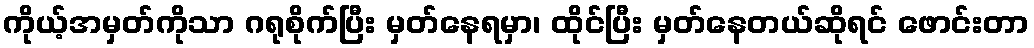
ကိုယ့်အမှတ်ကိုသာ ဂရုစိုက်ပြီး မှတ်နေရမှာ၊ ထိုင်ပြီး မှတ်နေတယ်ဆိုရင် ဖောင်းတာ